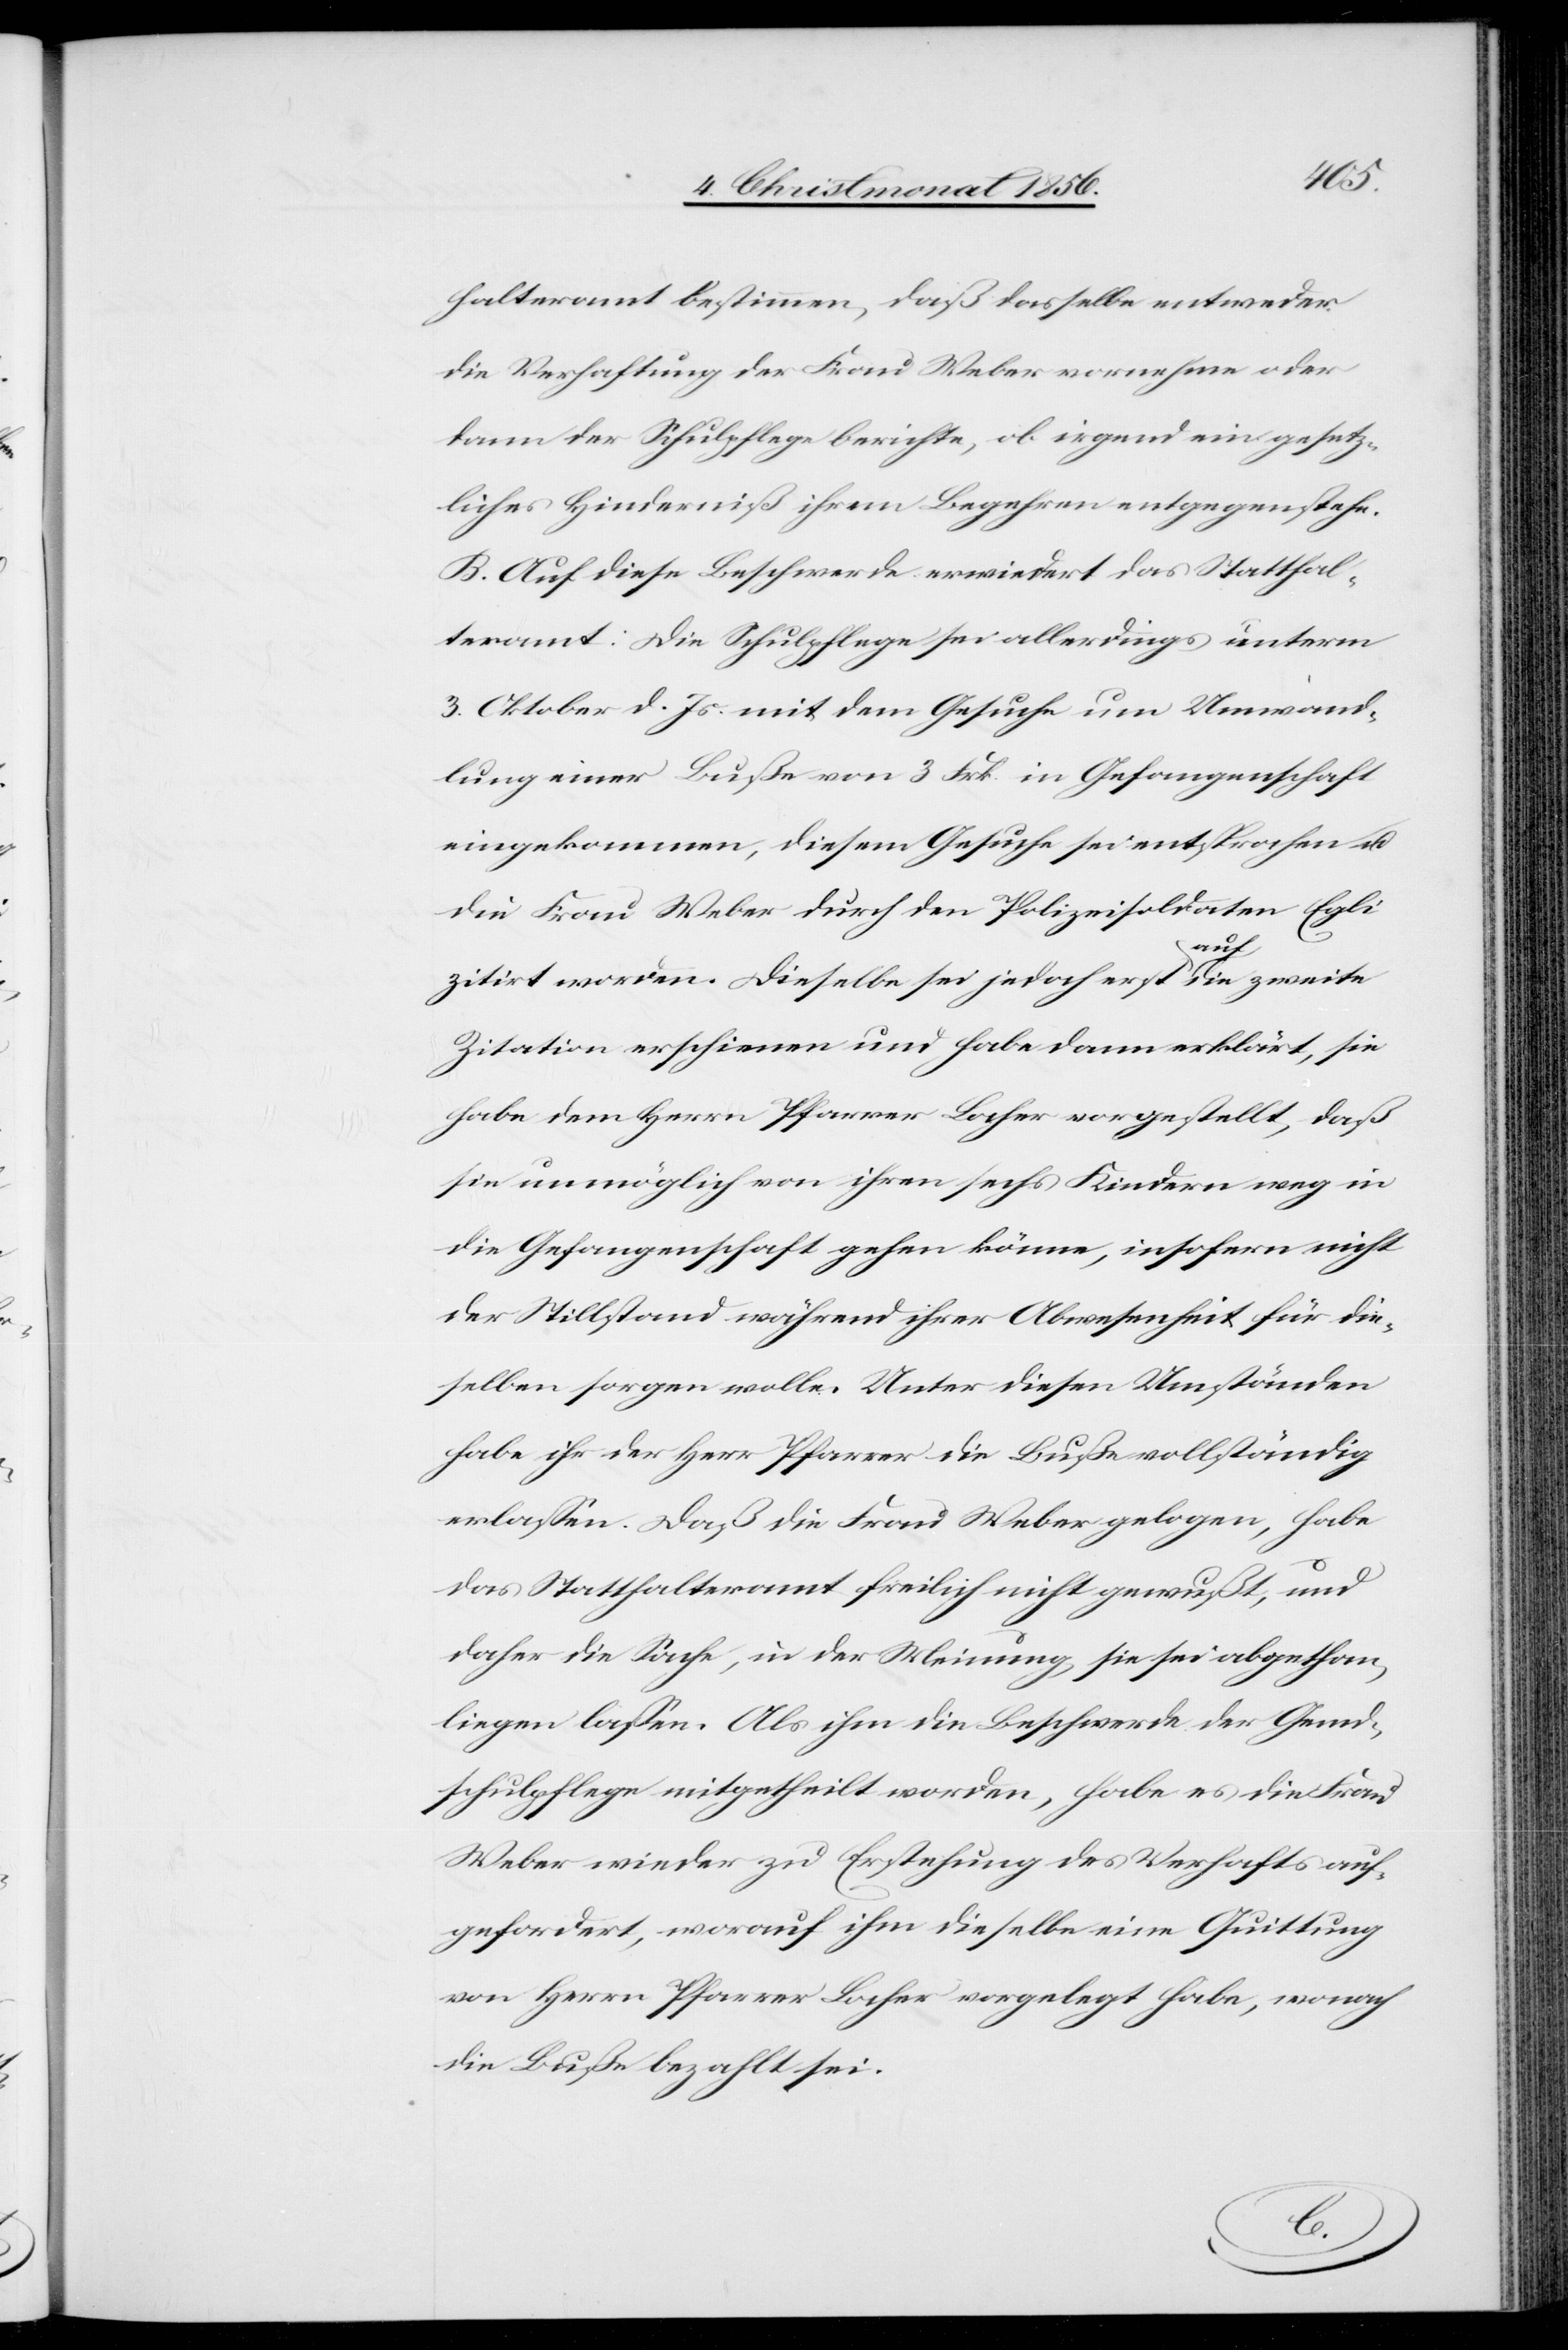
halteramt bestimmen, daß dasselbe entweder
die Verhaftung der Frau Weber vornehme oder
dann der Schulpflege berichte, ob irgend ein gesetz¬
liches Hinderniß ihrem Begehren entgegenstehe.
B. Auf diese Beschwerde erwiedert das Statthal¬
teramt: Die Schulpflege sei allerdings unterm
3. Oktober d. Js. mit dem Gesuche um Umwand¬
lung einer Buße von 3 Frk. in Gefangenschaft
eingekommen, diesem Gesuche sei entsprochen u.
die Frau Weber durch den Polizeisoldaten Egli
zitirt worden. Dieselbe sei jedoch erst a-auf-a die zweite
Zitation erschienen und habe dann erklärt, sie
habe dem Herrn Pfarrer Locher vorgestellt, daß
sie unmöglich von ihren sechs Kindern weg in
die Gefangenschaft gehen könne, insofern nicht
der Stillstand während ihrer Abwesenheit für die¬
selben sorgen wolle. Unter diesen Umständen
habe ihr der Herr Pfarrer die Buße vollständig
erlassen. Daß die Frau Weber gelogen, habe
das Statthalteramt freilich nicht gewußt, und
daher die Sache, in der Meinung, sie sei abgethan,
liegen lassen. Als ihm die Beschwerde der Gemd¬
schulpflege mitgetheilt worden, habe es die Frau
Weber wieder zu Erstehung des Verhafts auf¬
gefordert, worauf ihm dieselbe eine Quittung
von Herrn Pfarrer Locher vorgelegt habe, wonach
die Buße bezahlt sei.